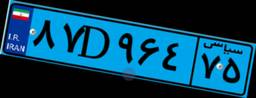
۷۷D۴۰۸۸۸